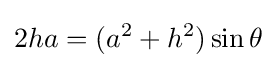
2ha=(a^{2}+h^{2})\sin \theta